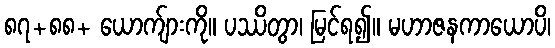
၈၇+၈၈+ ယောက်ျားကို။ ပဿိတွာ၊ မြင်ရ၍။ မဟာဇနကာယောပိ၊